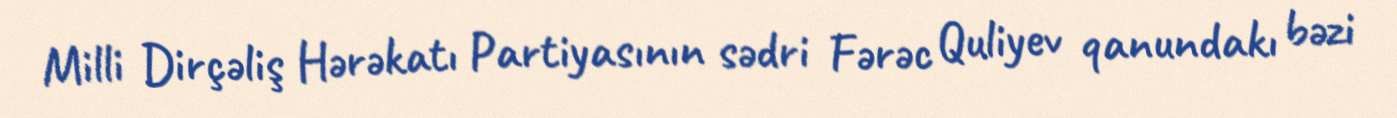
Milli Dirçəliş Hərəkatı Partiyasının sədri Fərəc Quliyev qanundakı bəzi